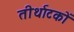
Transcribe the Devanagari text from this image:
तीर्थाटकों